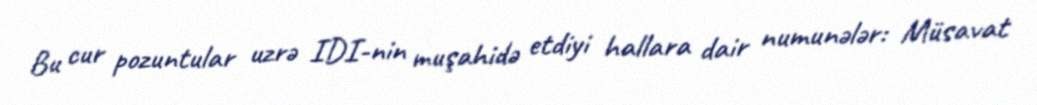
Bu cur pozuntular uzrə IDI-nin muşahidə etdiyi hallara dair numunələr: Müsavat